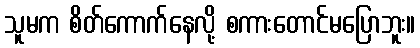
သူမက စိတ်ကောက်နေလို့ စကားတောင်မပြောဘူး။